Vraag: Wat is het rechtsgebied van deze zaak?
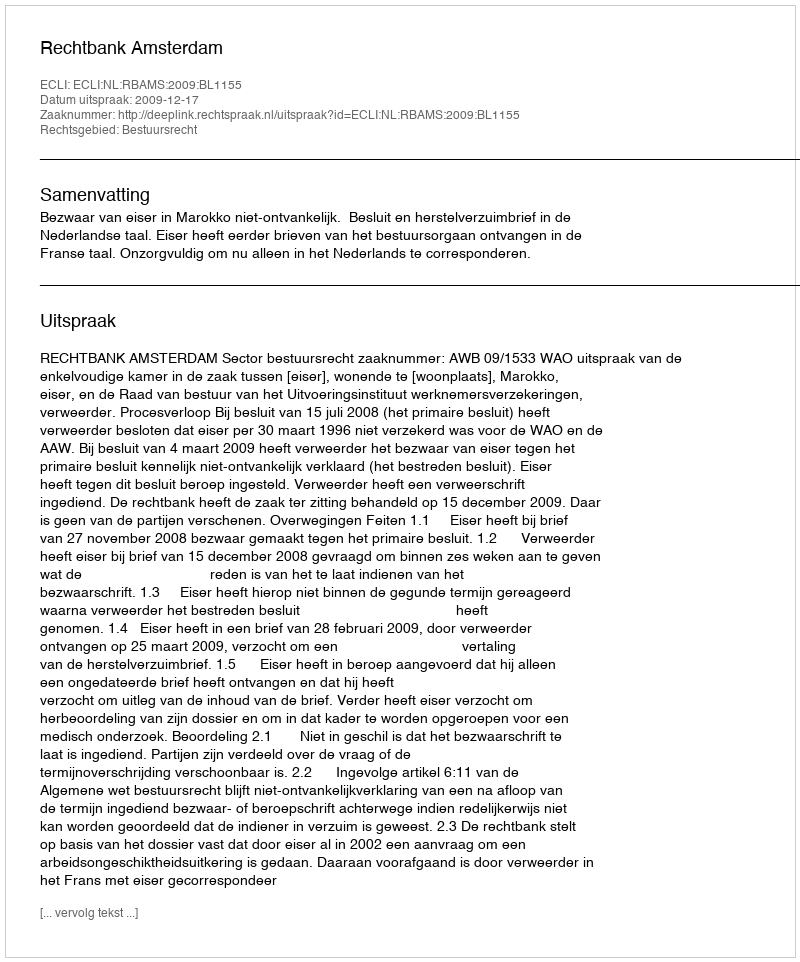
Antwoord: Bestuursrecht